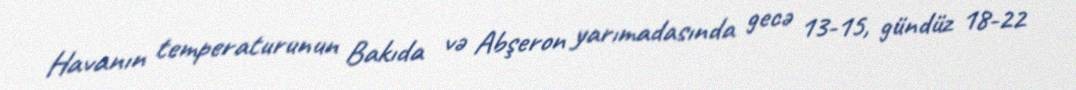
Havanın temperaturunun Bakıda və Abşeron yarımadasında gecə 13-15, gündüz 18-22